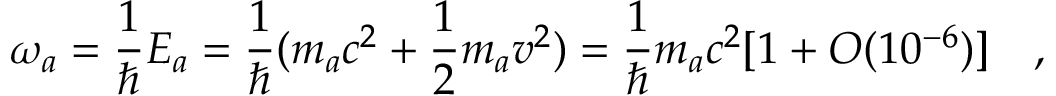
\omega _ { a } = { \frac { 1 } { \hbar } } E _ { a } = { \frac { 1 } { \hbar } } ( m _ { a } c ^ { 2 } + { \frac { 1 } { 2 } } m _ { a } v ^ { 2 } ) = { \frac { 1 } { \hbar } } m _ { a } c ^ { 2 } [ 1 + { \cal O } ( 1 0 ^ { - 6 } ) ] ~ ~ \ ,